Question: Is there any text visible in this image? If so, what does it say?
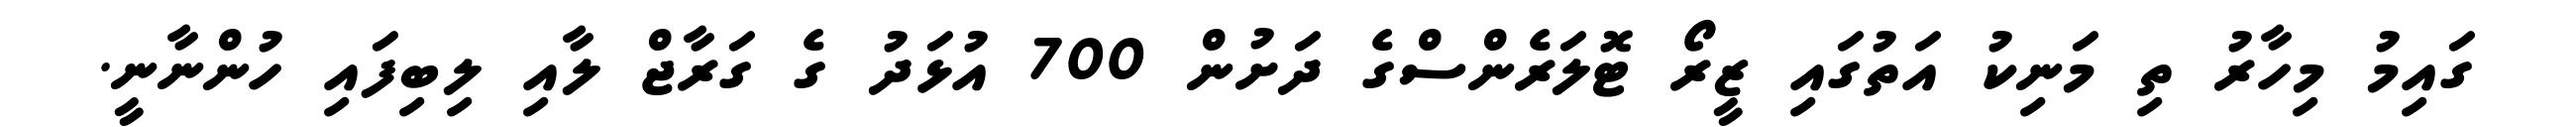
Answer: ގައިމު މިހާރު ތި މަނިކު އަތުގައި ޒީރޯ ޓޮލަރެންސްގެ ދަށުން 700 އުޅަދު ގެ ގަރާޖް ލާއި ލިބިފައި ހުންނާނީ.